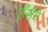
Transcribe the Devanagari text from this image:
हँसेंगे